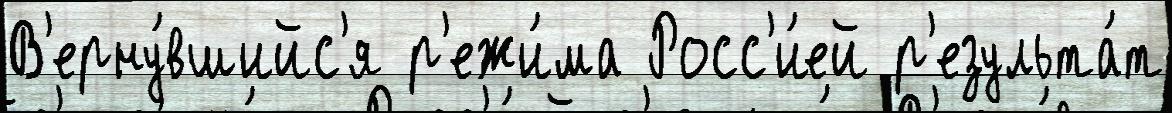
В'ерну́вшийс'я р'ежи́ма Росс'и́ей р'езульта́т